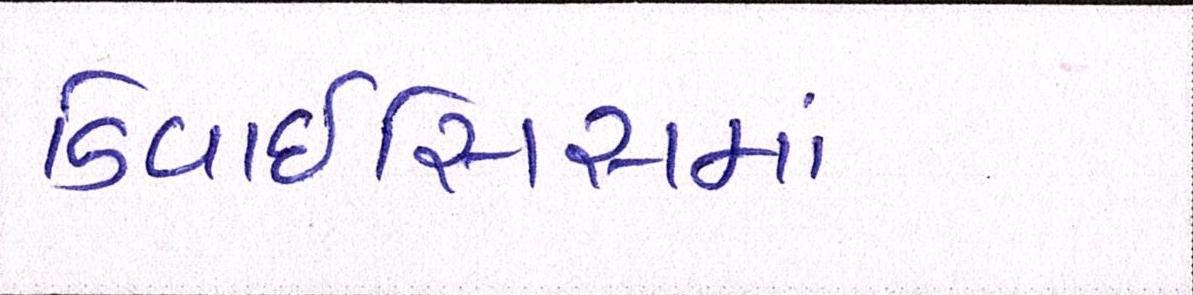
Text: ડિવાઇસિસમાં